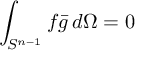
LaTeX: \int _ { S ^ { n - 1 } } f { \bar { g } } \, d \Omega = 0